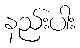
နည်းပါး